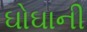
ઘોઘાની